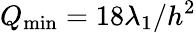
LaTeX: Q_{\operatorname*{min}}=18\lambda_{1}/h^{2}